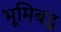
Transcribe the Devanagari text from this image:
भूमिबद्ध